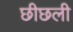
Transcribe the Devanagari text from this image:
छीछली